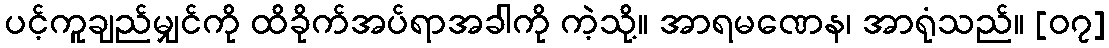
ပင့်ကူချည်မျှင်ကို ထိခိုက်အပ်ရာအခါကို ကဲ့သို့။ အာရမဏေန၊ အာရုံသည်။ [၀၇]